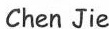
Chen Jie